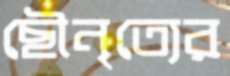
ছৌনৃত্যের